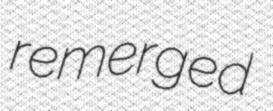
remerged